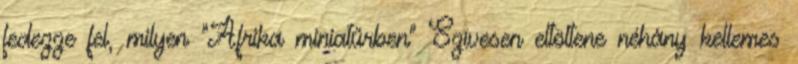
fedezze fel, milyen "Afrika miniatűrben" Szívesen eltöltene néhány kellemes